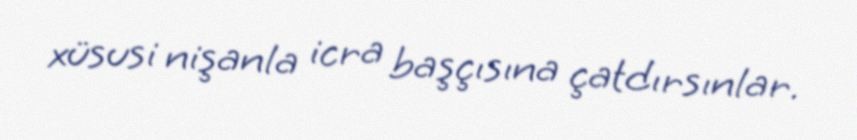
xüsusi nişanla icra başçısına çatdırsınlar.